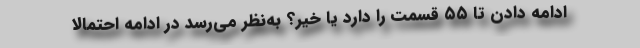
ادامه دادن تا ۵۵ قسمت را دارد یا خیر؟ به‌نظر می‌رسد در ادامه احتمالا